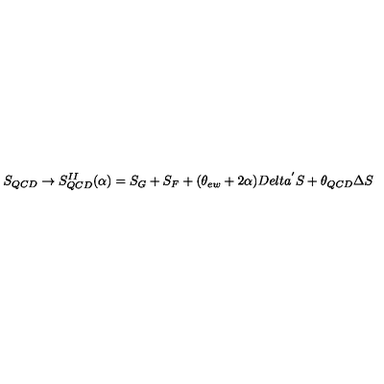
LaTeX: S _ { Q C D } \rightarrow S _ { Q C D } ^ { I I } ( \alpha ) = S _ { G } + S _ { F } + ( \theta _ { e w } + 2 \alpha ) D e l t a ^ { ' } S + \theta _ { Q C D } \Delta S